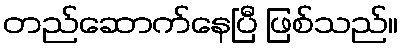
တည်ဆောက်နေပြီ ဖြစ်သည်။